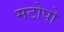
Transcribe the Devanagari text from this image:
मटोपो